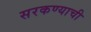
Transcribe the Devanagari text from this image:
सरकण्याची